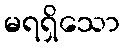
မရရှိသော